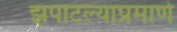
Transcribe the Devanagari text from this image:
झपाटल्याप्रमाणे